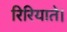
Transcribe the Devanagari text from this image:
रिरियाते।